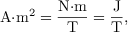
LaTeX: { \mathrm { A } } { \cdot } { \mathrm { m } } ^ { 2 } = { \frac { { \mathrm { N } } { \cdot } { \mathrm { m } } } { \mathrm { T } } } = { \frac { \mathrm { J } } { \mathrm { T } } } ,